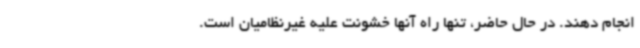
انجام دهند. در حال حاضر، تنها راه آنها خشونت علیه غیرنظامیان است.